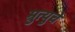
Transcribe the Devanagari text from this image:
म्रुत्युचे